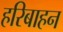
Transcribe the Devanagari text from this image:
हरिबाहन